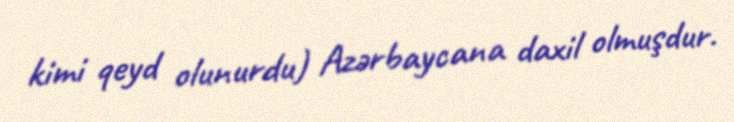
kimi qeyd olunurdu) Azərbaycana daxil olmuşdur.